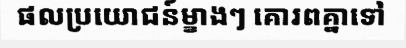
ផលប្រយោជន៍ម្ខាងៗ គោរពគ្នាទៅ